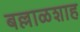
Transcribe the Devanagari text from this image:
बल्लाळशाह